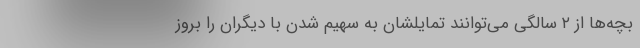
بچه‌ها از ۲ سالگی می‌توانند تمایلشان به سهیم شدن با دیگران را بروز